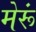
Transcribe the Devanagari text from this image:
मेरूं